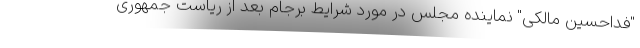
"فداحسین مالکی" نماینده مجلس در مورد شرایط برجام بعد از ریاست جمهوری